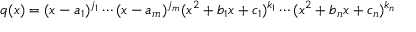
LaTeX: q ( x ) = ( x - a _ { 1 } ) ^ { j _ { 1 } } \cdots ( x - a _ { m } ) ^ { j _ { m } } ( x ^ { 2 } + b _ { 1 } x + c _ { 1 } ) ^ { k _ { 1 } } \cdots ( x ^ { 2 } + b _ { n } x + c _ { n } ) ^ { k _ { n } }